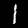
Label: 1